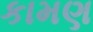
કામણ